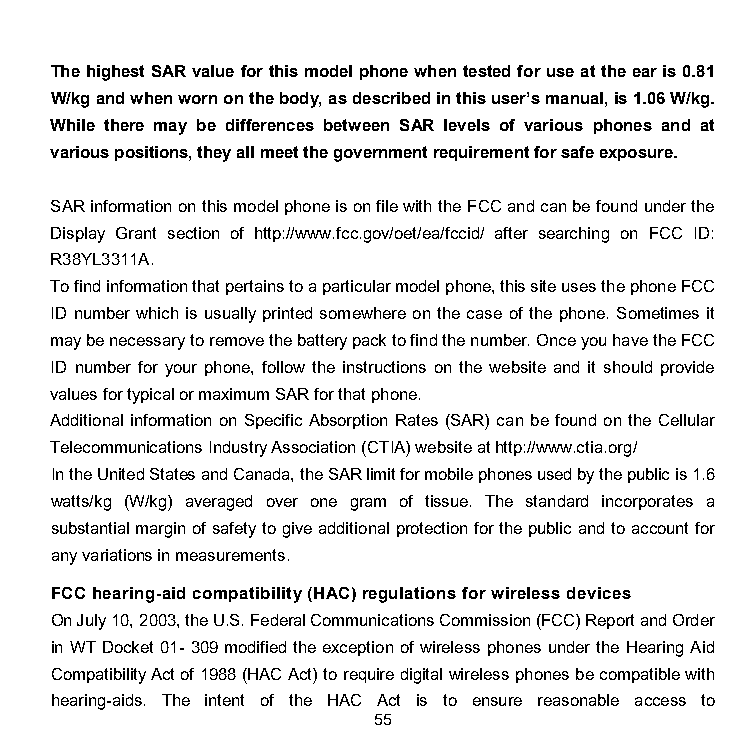
The highest SAR value for this model phone when tested for use at the ear is 0.81
 W/kg and when worn on the body, as described in this user’s manual, is 1.06 W/kg.
 While there may be differences between SAR levels of various phones and at
 various positions, they all meet the government requirement for safe exposure.
 SAR information on this model phone is on file with the FCC and can be found under the
 Display Grant section of http://www.fcc.gov/oet/ea/fccid/ after searching on FCC ID:
 R38YL3311A.
 To find information that pertains to a particular model phone, this site uses the phone FCC
 ID number which is usually printed somewhere on the case of the phone. Sometimes it
 may be necessary to remove the battery pack to find the number. Once you have the FCC
 ID number for your phone, follow the instructions on the website and it should provide
 values for typical or maximum SAR for that phone.
 Additional information on Specific Absorption Rates (SAR) can be found on the Cellular
 Telecommunications Industry Association (CTIA) website at http://www.ctia.org/
 In the United States and Canada, the SAR limit for mobile phones used by the public is 1.6
 watts/kg (W/kg) averaged over one gram of tissue. The standard incorporates a
 substantial margin of safety to give additional protection for the public and to account for
 any variations in measurements.
 FCC hearing-aid compatibility (HAC) regulations for wireless devices
 On July 10, 2003, the U.S. Federal Communications Commission (FCC) Report and Order
 in WT Docket 01- 309 modified the exception of wireless phones under the Hearing Aid
 Compatibility Act of 1988 (HAC Act) to require digital wireless phones be compatible with
 hearing-aids. The intent of the HAC Act is to ensure reasonable access to
 55